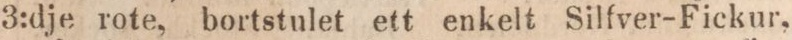
3:dje rote, bortstulet ett enkelt Silfver-Fickur,